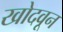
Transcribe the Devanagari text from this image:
खोदवून